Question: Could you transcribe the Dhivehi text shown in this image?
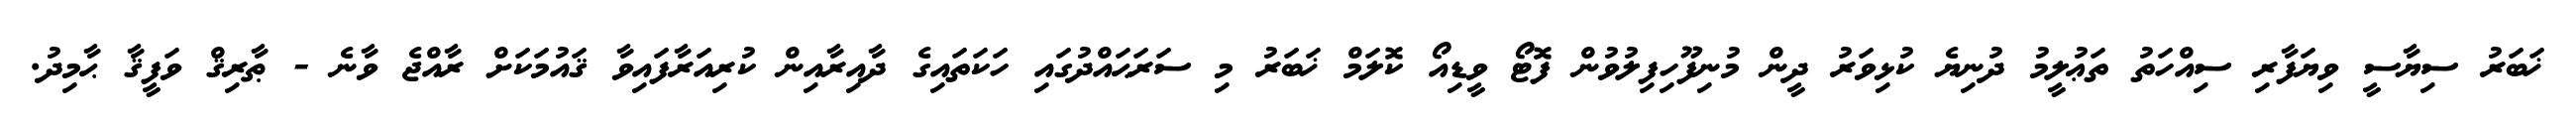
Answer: ޚަބަރު ސިޔާސީ ވިޔަފާރި ސިއްހަތު ތަޢުލީމު ދުނިޔެ ކުޅިވަރު ދީން މުނިފޫހިފިލުވުން ފޮޓޯ ވީޑިއޯ ކޮލަމް ޚަބަރު މި ސަރަޙައްދުގައި ހަކަތައިގެ ދާއިރާއިން ކުރިއަރާފައިވާ ޤައުމަކަށް ރާއްޖެ ވާނެ - ޠާރިޤް ވަފީޤާ ޙާމިދު.